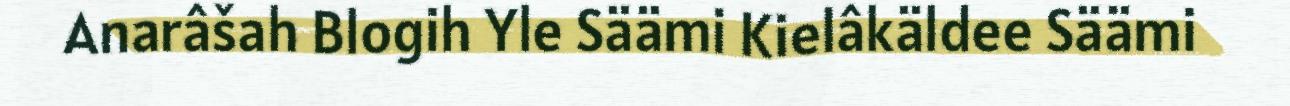
Anarâšah Blogih Yle Säämi Kielâkäldee Säämi